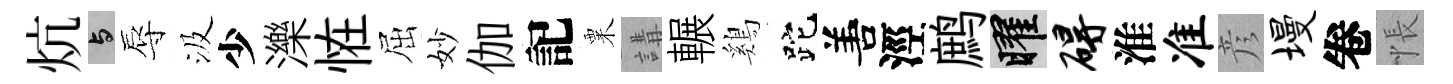
炕与辱汲少濼恠屈妙伽記粟講輾鷄跎𠵊涇鹧曜碍淮准彦墁卷悵